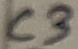
Text: C3